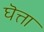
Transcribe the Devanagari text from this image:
घॆत्ता